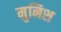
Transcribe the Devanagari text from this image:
मुनिश